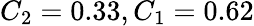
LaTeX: C_{2}=0.33,C_{1}=0.62